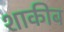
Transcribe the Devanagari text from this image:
शाकीब